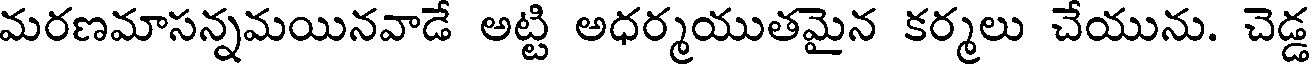
మరణమాసన్నమయినవాడే అట్టి అధర్మయుతమైన కర్మలు చేయును. చెడ్డ